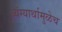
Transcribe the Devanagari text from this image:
व्यंग्यार्थामुळेच